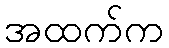
အထက်က